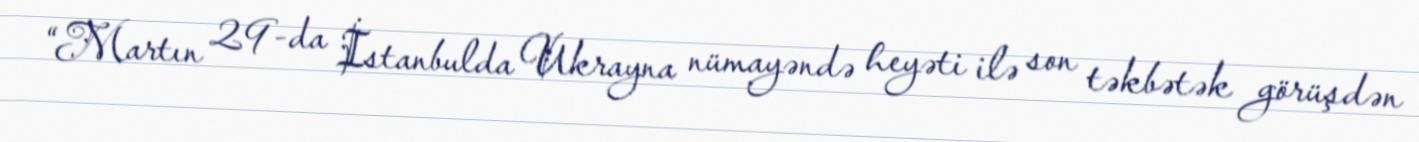
“Martın 29-da İstanbulda Ukrayna nümayəndə heyəti ilə son təkbətək görüşdən